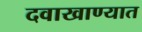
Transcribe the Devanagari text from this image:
दवाखाण्यात